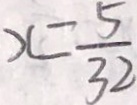
x = \frac { 5 } { 3 2 }